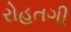
રોહતગી